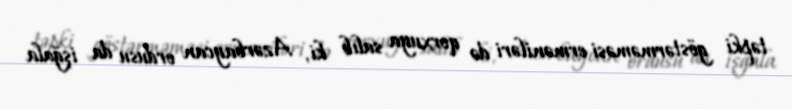
təpki göstərməməsi erməniləri də qorxuya salıb ki, Azərbaycan ordusu da işğala